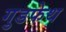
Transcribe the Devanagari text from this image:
गुडफेथ